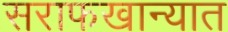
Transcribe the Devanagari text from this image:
सराफखान्यात